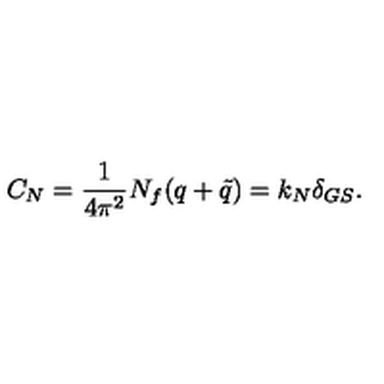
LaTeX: C _ { N } = { \frac { 1 } { 4 \pi ^ { 2 } } } N _ { f } ( q + { \tilde { q } } ) = k _ { N } \delta _ { G S } .